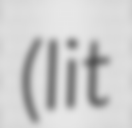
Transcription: (lit